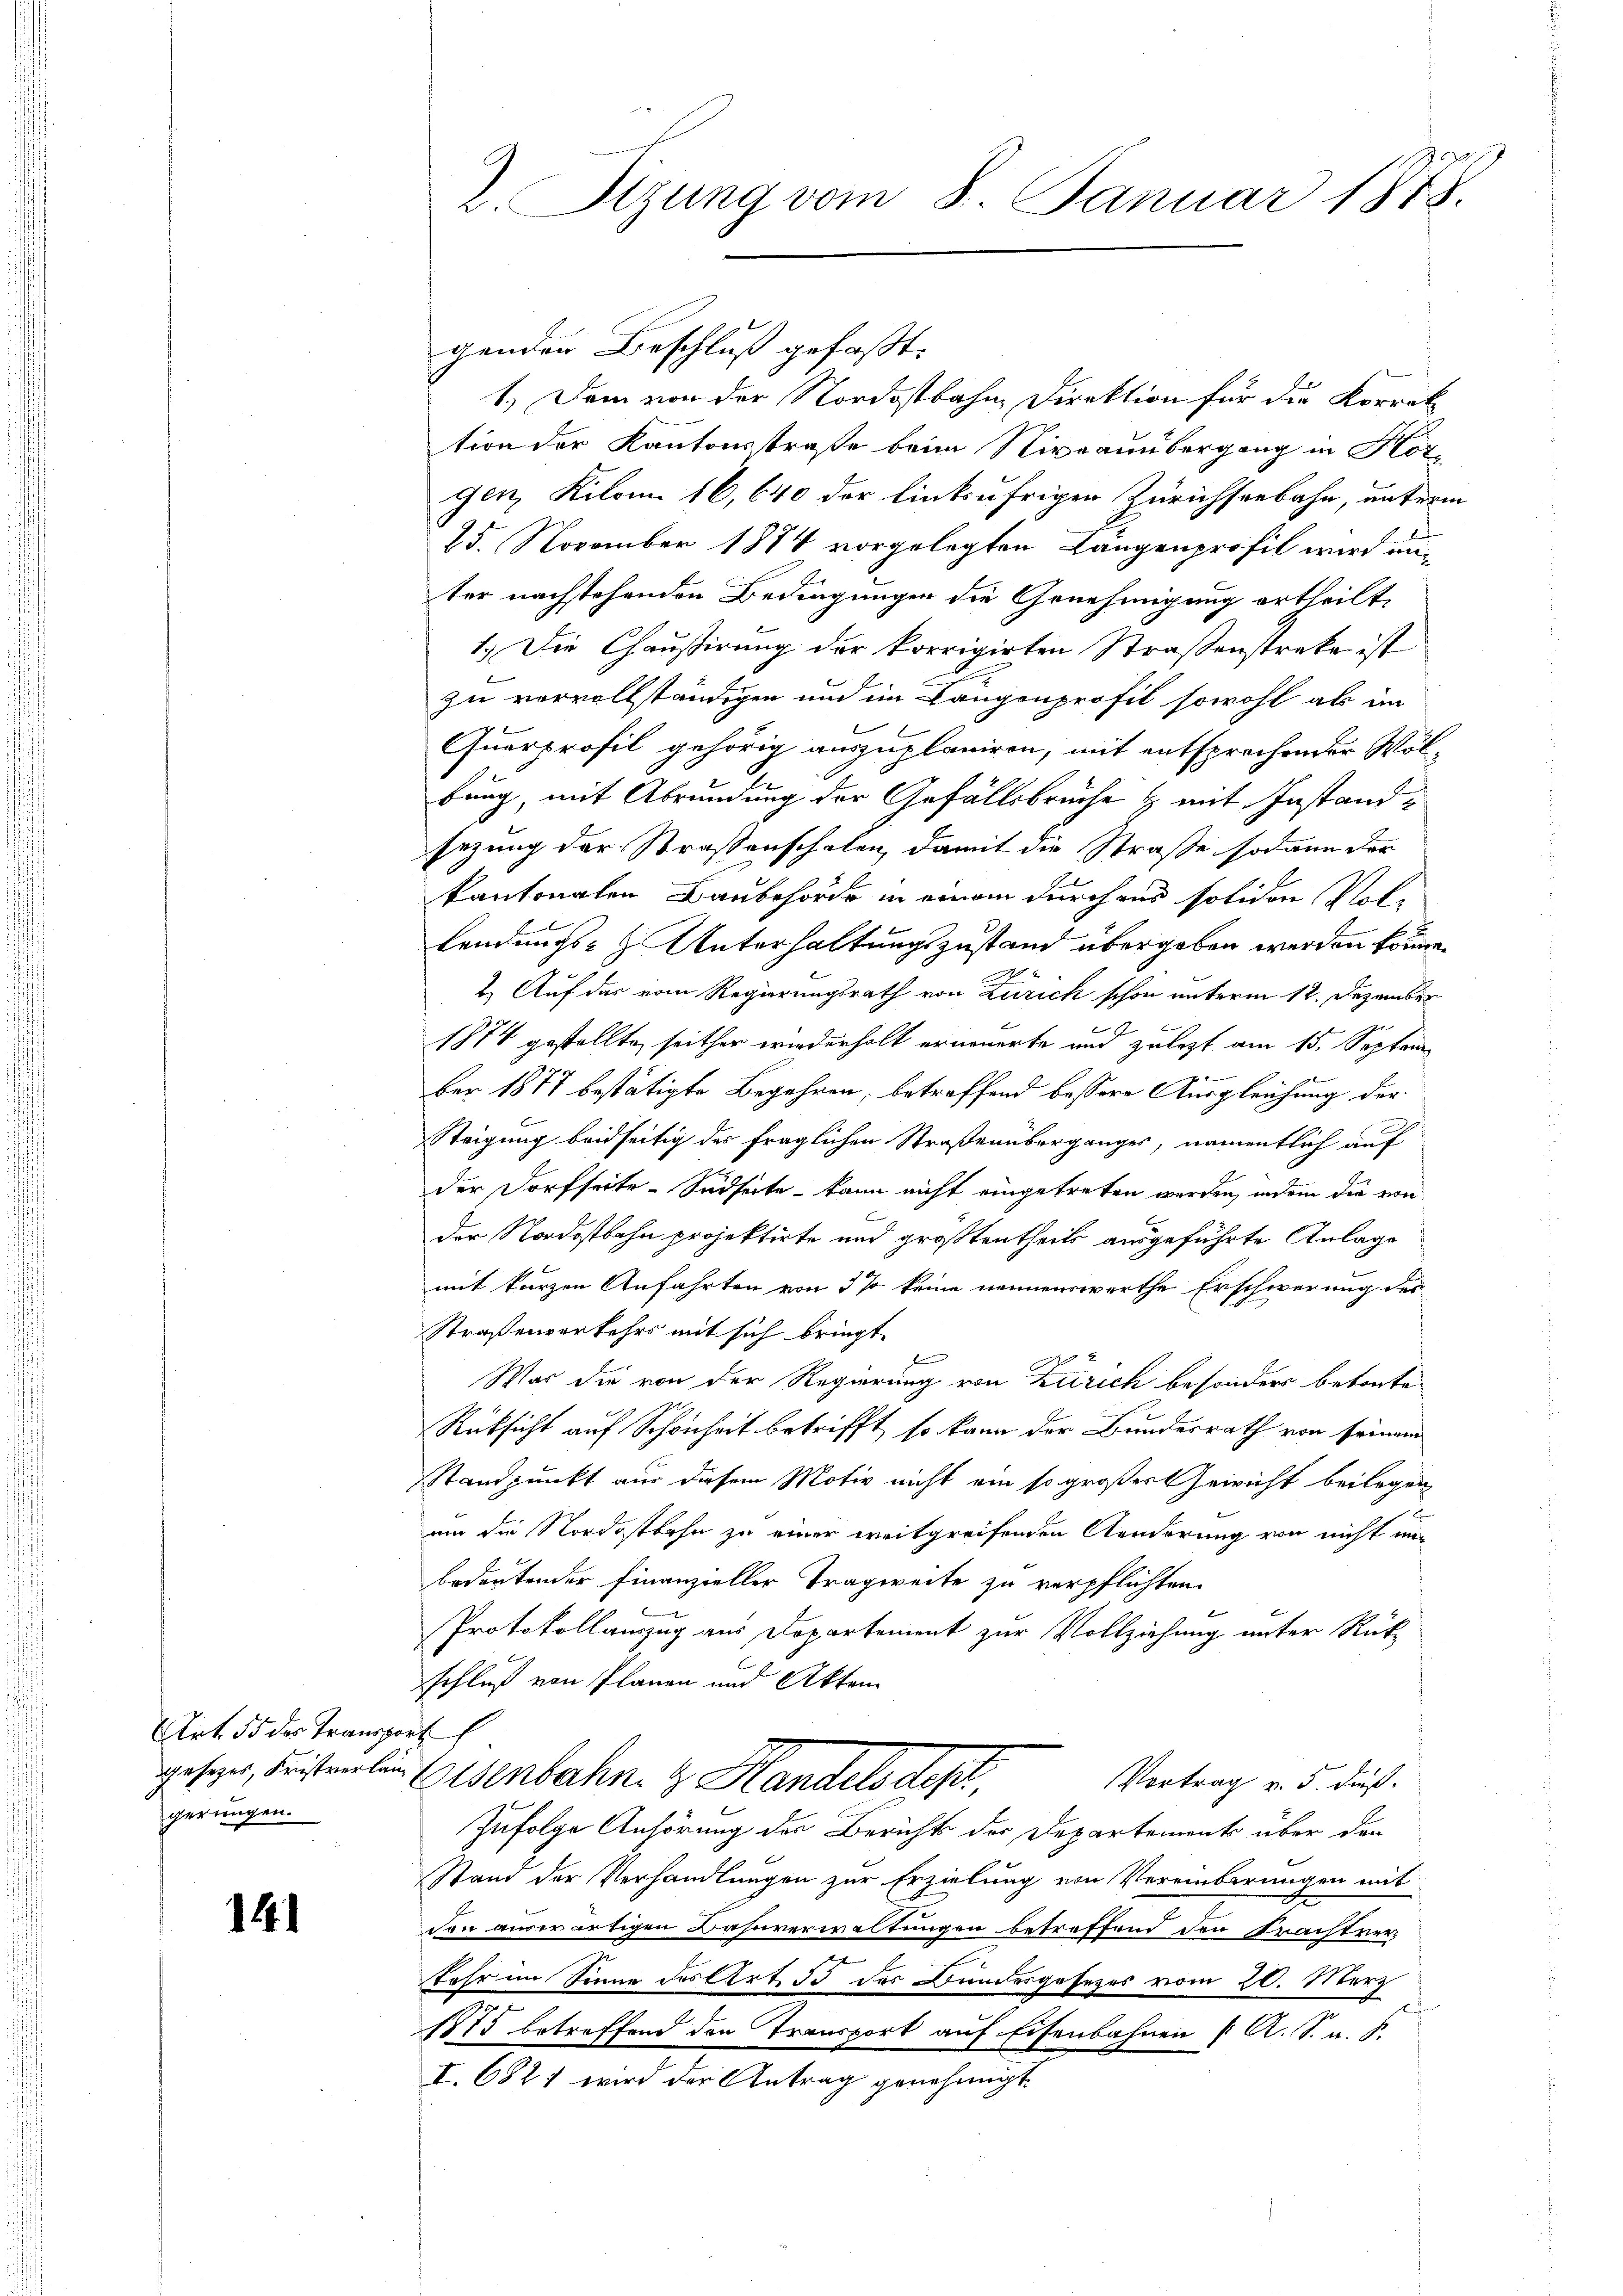
Art 55 des Transport
gerungen.

14

genden Beschluß gefaßt:
1.) Dem von der Nordostbahne Direktion für die Korrek
tion der Kantonsstraße beim Niveauübergang in Hotgen, Kilon 16,640 der linksufrigen Zürichseebahn, unterm
25. November 1874 vorgelegten Längenprofil wird unter nachstehenden Bedingungen die Genehmigung ertheilt,
1.) Die Chausirung der korrigirten Straßenstreke ist
zu vervollständigen und im Langenprofil sowohl als im
Querprofil gehörig auszuplaniren, mit entsprechender Wölbung, mit Abrundung der Gefällsbrüche & mit Instandsezung der Strassenschaten, damit die Straße sodann der
kantonalen Baubehörde in einem durchaus soliden Vol¬
Lendungs- & Unterhaltungszustand übergeben werden könne.
2. Auf das vom Regierungsrath von Zürich schon unterm 12. Dezember
1874 gestellte, seither wiederholt erneuerte und zulezt am 15. September 1877 bestätigte Begehren, betreffend bessere Ausgleichung der
Steigung beidseitig des fraglichen Straßenüberganges, namentlich auf
der Dorfseite-Südseite – kann nicht eingetreten werden, indem die ein
der Nordostbahn projektirte und größtentheils ausgeführte Anlage
mit kurzen Anfahrten von 5 % keine nennenswerthe Erschwerung des
Straßenverkehrs mit sich bringt
F
War die von der Regierung von Zürich besonders betonte
Rüksicht auf Schönheit betrifft, so kann der Bundesrath von seinem
Standpunkt aus diesem Motiv nicht ein so großes Gewicht beilegen,
F
um die Nordostbahn zu einer weitgreifenden Aenderung von nicht unbedeutender Finanzieller Tragweite zu verpflichten.
Protokollauszug aus Departement zur Vollziehung unter Rückschluß von Planen und Akten
gesehen, beistenten Eisenbahn. & Handels des
Vortrag v. 5. daß
Zufolge Anhörung des Berichts der Departements über den
Stand der Verhandlungen zur Erzielung von Vereinbarungen mit
son anderartigen Bahnverwaltungen betreffend den Trachtver-
Jahr im Sinne des Art 3 des Bundesgesezes vom 20. März
A
1875 betreffend den Transport auf Eisenbahnen   A. S. u. S.
I. 6821 wird der Antrag genehmigt.

17
2. Sizung vom 8. Januar 1818.